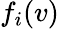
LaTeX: f_{i}(v)